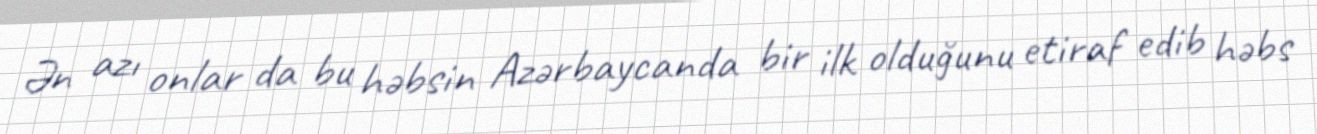
Ən azı onlar da bu həbsin Azərbaycanda bir ilk olduğunu etiraf edib həbs